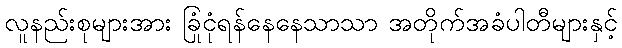
လူနည်းစုများအား ခြုံငုံရန်နေနေသာသာ အတိုက်အခံပါတီများနှင့်